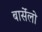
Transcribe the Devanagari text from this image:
बार्सेलो